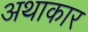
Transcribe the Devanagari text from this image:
अथाकार